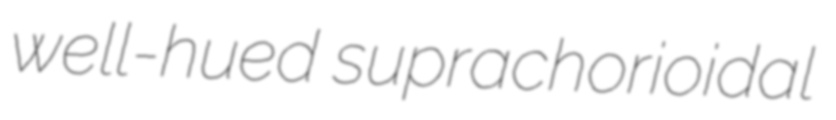
well-hued suprachorioidal